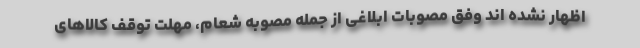
اظهار نشده اند وفق مصوبات ابلاغی از جمله مصوبه شعام، مهلت توقف کالاهای